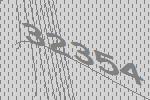
32354